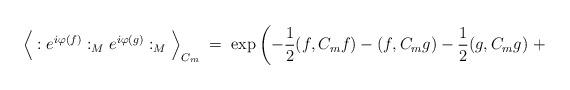
LaTeX: \begin{align*}\Big\langle : e^{i\varphi(f)} :_M e^{i\varphi(g)} :_M \Big\rangle_{C_m} \; = \;\exp \left( -\frac{1}{2}(f,C_m f) - (f,C_m g) - \frac{1}{2}(g,C_m g) \; +\right.\end{align*}